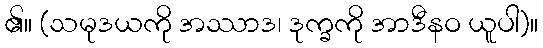
၏။ (သမုဒယကို အဿာဒ၊ ဒုက္ခကို အာဒီနဝ ယူပါ)။